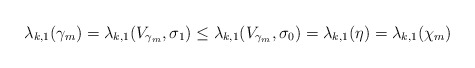
\begin{align*}\lambda_{k,1}(\gamma_m) = \lambda_{k,1}(V_{\gamma_m}, \sigma_1) \le \lambda_{k,1}(V_{\gamma_m}, \sigma_0) = \lambda_{k,1}(\eta) = \lambda_{k,1}(\chi_m)\end{align*}